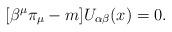
LaTeX: \begin{align*}\lbrack \beta ^{\mu }\pi _{\mu }-m]U_{\alpha \beta }(x)=0. \end{align*}